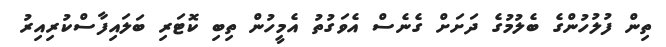
ތިން ފުލުހުންގެ ބެލުމުގެ ދަށަށް ގެނެސް އެވަގުތު އެމީހުން ތިބި ކޮޓަރި ބަލައިފާސްކުރިއިރު